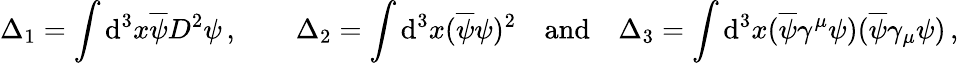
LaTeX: \Delta_{1}=\int\mathrm{d}^{3}x\overline{{{\psi}}}D^{2}\psi\, ,\qquad\Delta_{2}=\int\mathrm{d}^{3}x(\overline{{{\psi}}}\psi)^{2}\quad\mathrm{{an\mathrm{d}}}\quad\Delta_{3}=\int\mathrm{d}^{3}x(\overline{{{\psi}}}\gamma^{\mu}\psi)(\overline{{{\psi}}}\gamma_{\mu}\psi)\, ,